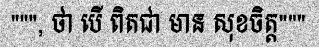
""", ថា បើ ពិតជា មាន សុខចិត្ត"""